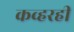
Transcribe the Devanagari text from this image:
कव्हरही